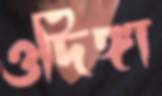
ওদিঙ্গা